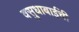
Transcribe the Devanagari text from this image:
वसुधाबाईंची